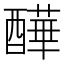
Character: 𨣄